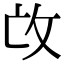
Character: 𢻬